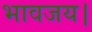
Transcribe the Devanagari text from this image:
भावजय।